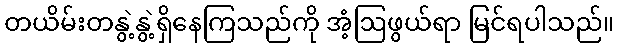
တယိမ်းတနွဲ့နွဲ့ရှိနေကြသည်ကို အံ့ဩဖွယ်ရာ မြင်ရပါသည်။